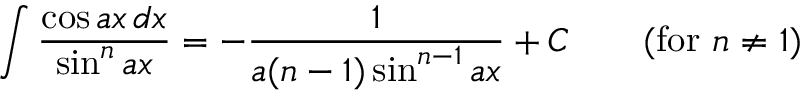
\int { \frac { \cos a x \, d x } { \sin ^ { n } a x } } = - { \frac { 1 } { a ( n - 1 ) \sin ^ { n - 1 } a x } } + C \qquad { \mathrm { ( f o r ~ } } n \neq 1 { \mathrm { ) } }